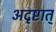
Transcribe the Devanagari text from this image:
अदृष्टात्